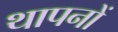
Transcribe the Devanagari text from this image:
थापनों